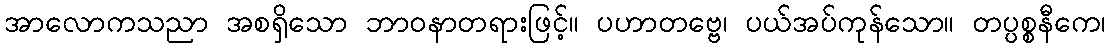
အာလောကသညာ အစရှိသော ဘာဝနာတရားဖြင့်။ ပဟာတဗ္ဗေ၊ ပယ်အပ်ကုန်သော။ တပ္ပစ္စနီကေ၊